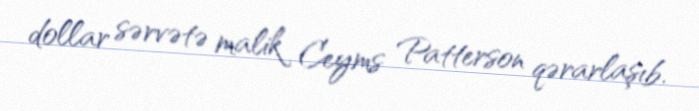
dollar sərvətə malik Ceyms Patterson qərarlaşıb.